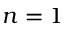
n = 1